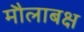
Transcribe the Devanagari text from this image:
मौलाबक्ष